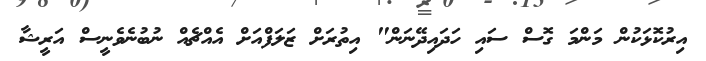
އިރުކޮޅަކުން މަންމަ ގޮސް ސައި ހަދައިދޭނަން" އިތުރަށް ޒަލަފްއަށް އެއްޗެއް ނުބުނެވެނީސް އަރީޝާ